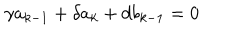
LaTeX: \gamma a _ { k - 1 } + \delta a _ { k } + d b _ { k - 1 } = 0